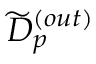
{ \widetilde D } _ { p } ^ { ( o u t ) }